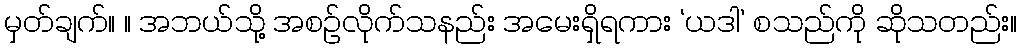
မှတ်ချက်။ ။ အဘယ်သို့ အစဉ်လိုက်သနည်း အမေးရှိရကား ‘ယဒါ’ စသည်ကို ဆိုသတည်း။